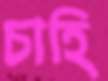
চাহি